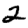
Digit: 2